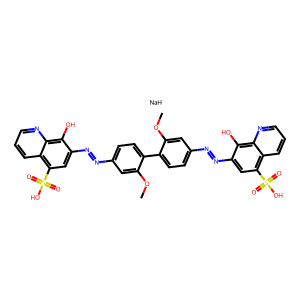
SMILES: COc1cc(N=Nc2cc(S(=O)(=O)O)c3cccnc3c2O)ccc1-c1ccc(N=Nc2cc(S(=O)(=O)O)c3cccnc3c2O)cc1OC.[NaH]
Inhibits HIV replication: Yes